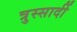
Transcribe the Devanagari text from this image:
त्रुस्सार्दी